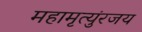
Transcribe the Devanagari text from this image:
महामृत्युंरजय